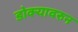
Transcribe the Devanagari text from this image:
डोक्यावरुन